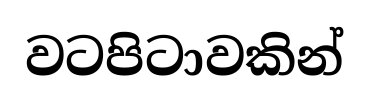
වටපිටාවකින්